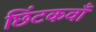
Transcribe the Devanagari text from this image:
छिंटकवाँ